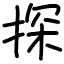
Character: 探